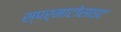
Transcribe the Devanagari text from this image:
स्पर्माटोसाइट